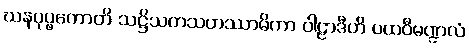
ဃနပုပ္ဖကောတိ သဋ္ဌိသတသဟဿာဓိကာ ဝါဠာဒီဟိ ပထဝီမဏ္ဍလံ